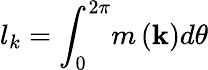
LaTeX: l_{k}=\int_{0}^{2\pi}\! m\left(\mathbf{k}\right)d\theta